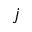
j